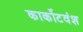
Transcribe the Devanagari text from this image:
कार्कोटवंश